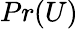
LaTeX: Pr(U)